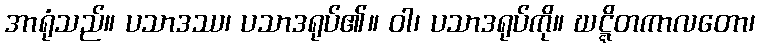
အာရုံသည်။ ပသာဒဿ၊ ပသာဒရုပ်၏။ ဝါ၊ ပသာဒရုပ်ကို။ ဃဋ္ဋိတကာလတော၊